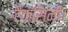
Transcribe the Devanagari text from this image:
टैक्सिनी।